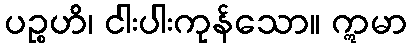
ပဉ္စဟိ၊ ငါးပါးကုန်သော။ ဣမာ